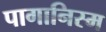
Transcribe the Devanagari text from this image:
पागानिस्म